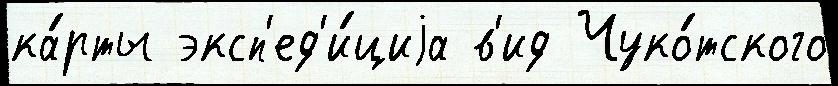
ка́рты эксп'ед'и́циjа в'ид Чуко́тского